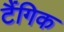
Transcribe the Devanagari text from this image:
टैंगिक